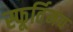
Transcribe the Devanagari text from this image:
स्फूर्तिमय